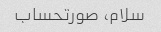
سلام، صورتحساب